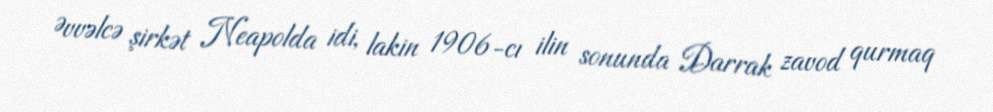
Əvvəlcə şirkət Neapolda idi, lakin 1906-cı ilin sonunda Darrak zavod qurmaq